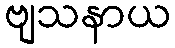
ဗျသနာယ